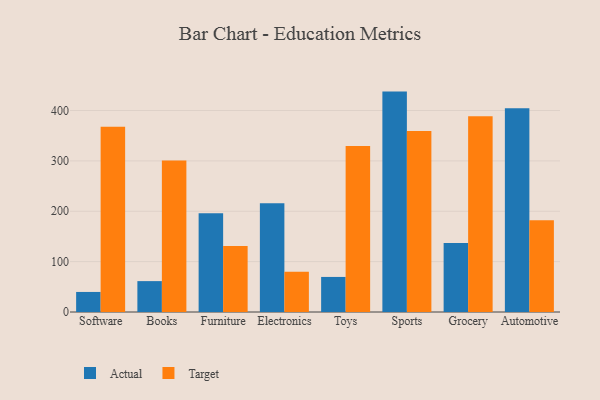
{"axis": {"x": "Category", "y": "Operating Costs (USD K)"}, "legend": ["Actual", "Target"], "data": [{"x": "Software", "y": 39.8, "type": "Actual"}, {"x": "Software", "y": 367.8, "type": "Target"}, {"x": "Books", "y": 61.3, "type": "Actual"}, {"x": "Books", "y": 300.9, "type": "Target"}, {"x": "Furniture", "y": 196.0, "type": "Actual"}, {"x": "Furniture", "y": 131.0, "type": "Target"}, {"x": "Electronics", "y": 215.8, "type": "Actual"}, {"x": "Electronics", "y": 80.0, "type": "Target"}, {"x": "Toys", "y": 69.6, "type": "Actual"}, {"x": "Toys", "y": 329.7, "type": "Target"}, {"x": "Sports", "y": 437.5, "type": "Actual"}, {"x": "Sports", "y": 359.5, "type": "Target"}, {"x": "Grocery", "y": 137.0, "type": "Actual"}, {"x": "Grocery", "y": 388.4, "type": "Target"}, {"x": "Automotive", "y": 404.5, "type": "Actual"}, {"x": "Automotive", "y": 182.2, "type": "Target"}]}